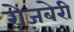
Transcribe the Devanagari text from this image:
रोज़बेरी